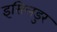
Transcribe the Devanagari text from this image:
इसिलडुर